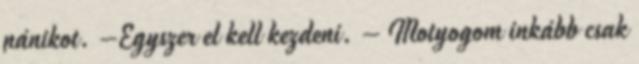
pánikot. –Egyszer el kell kezdeni. – Motyogom inkább csak